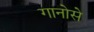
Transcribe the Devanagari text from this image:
गानोसे